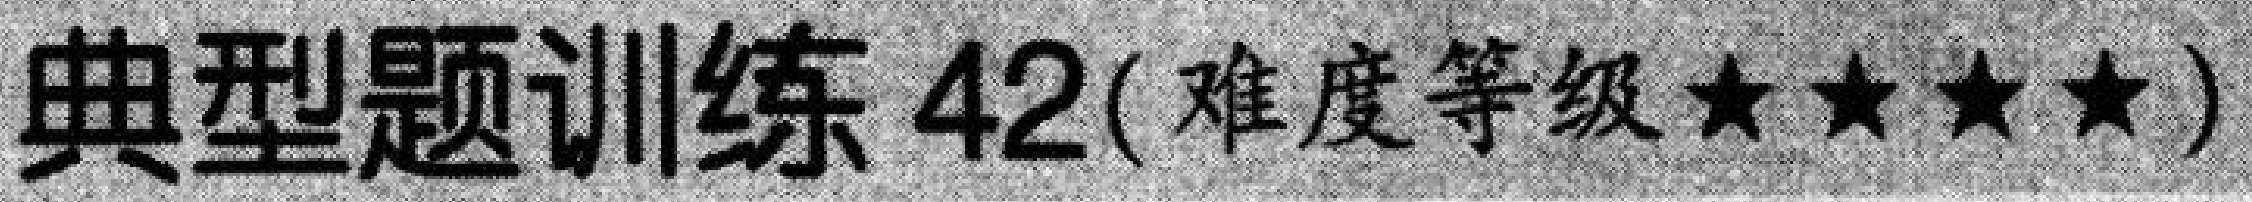
典型题训练 42(难度等级★★★★)